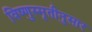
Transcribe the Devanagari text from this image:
विष्णुस्मृतीनुसार